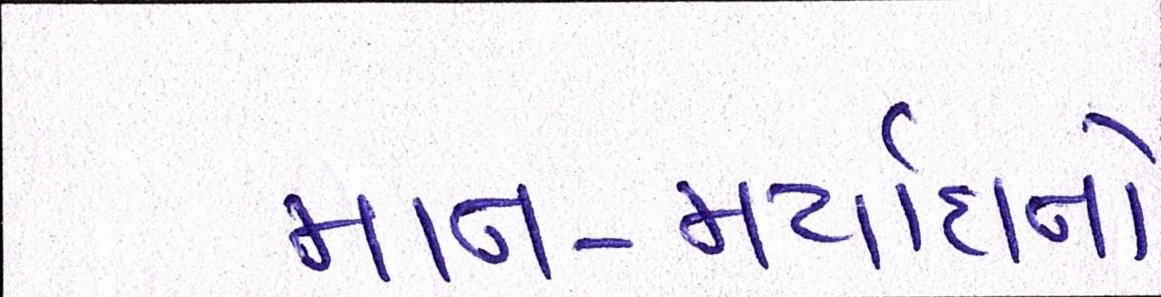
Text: માન-મર્યાદાનો